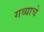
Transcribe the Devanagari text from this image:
गव्याचे